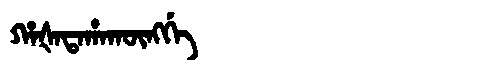
Manchu: ᡥᠠᡧᠠᡨᠠᡥᠠᡴᡡᠩᡤᡝ
Romanization: HAŠATAHAKŪNGGE